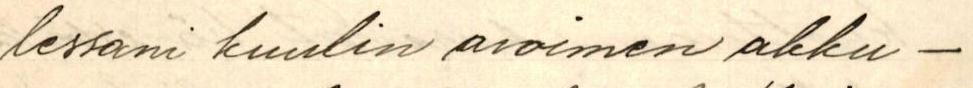
lessani kuulin avoimen akku-